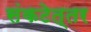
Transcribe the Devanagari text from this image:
संकटेत्तर